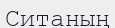
Ситаның